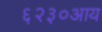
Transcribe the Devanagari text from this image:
६२३०आय